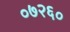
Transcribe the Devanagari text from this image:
०७२६०